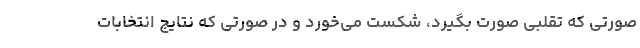
صورتی که تقلبی صورت بگیرد، شکست می‌خورد و در صورتی که نتایج انتخابات